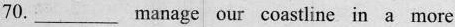
70. ___ manage our coastline in a more